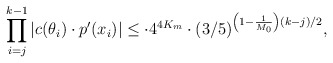
\begin{align*}\prod \limits_{i = j}^{k-1} |c(\theta_i) \cdot p'(x_i)| \leq \cdot 4^{4K_m} \cdot (3/5)^{\left(1 - \frac1{M_0} \right)(k-j)/2},\end{align*}